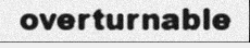
overturnable